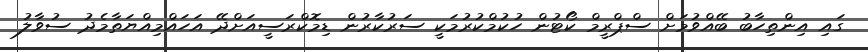
ގައި އިންތިހާބު ބޭއްވުމަށް ސްޕްރީމް ކޯޓުން ހުކުމްކުރުމަކީ ސަރުކާރުން ޑިމޮކްރަސީއަށްދޭ އަހައްމިއްޔަތާމެދު ސުވާލު